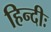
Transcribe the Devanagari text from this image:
हिन्दीः